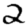
Digit: 2